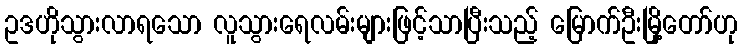
ဥဒဟိုသွားလာရသော လူသွားရေလမ်းများဖြင့်သာပြီးသည့် မြောက်ဦးမြို့တော်ဟု